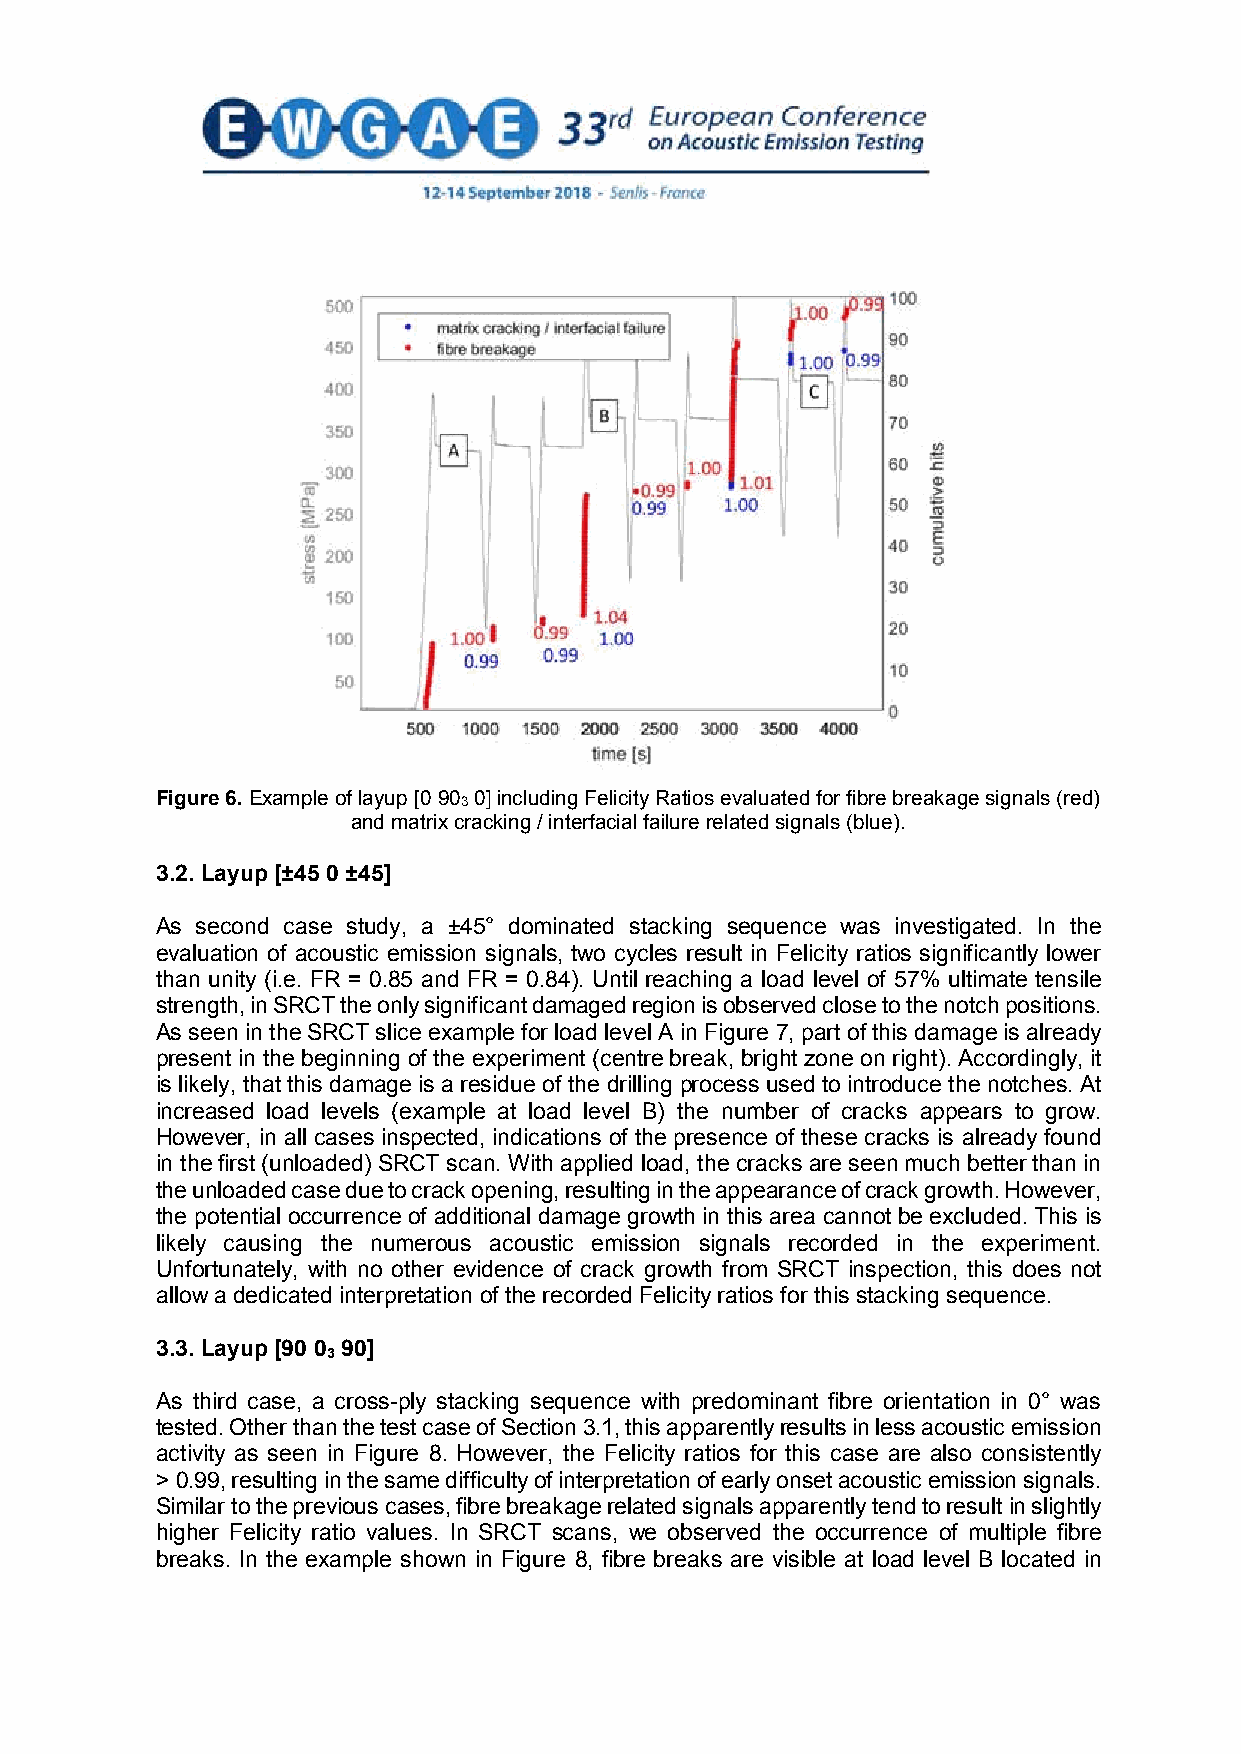
Figure 6. Example of layup [0 903 0] including Felicity Ratios evaluated for fibre breakage signals (red)
 and matrix cracking / interfacial failure related signals (blue).
 3.2. Layup [±45 0 ±45]
 As second case study, a ±45° dominated stacking sequence was investigated. In the
 evaluation of acoustic emission signals, two cycles result in Felicity ratios significantly lower
 than unity (i.e. FR = 0.85 and FR = 0.84). Until reaching a load level of 57% ultimate tensile
 strength, in SRCT the only significant damaged region is observed close to the notch positions.
 As seen in the SRCT slice example for load level A in Figure 7, part of this damage is already
 present in the beginning of the experiment (centre break, bright zone on right). Accordingly, it
 is likely, that this damage is a residue of the drilling process used to introduce the notches. At
 increased load levels (example at load level B) the number of cracks appears to grow.
 However, in all cases inspected, indications of the presence of these cracks is already found
 in the first (unloaded) SRCT scan. With applied load, the cracks are seen much better than in
 the unloaded case due to crack opening, resulting in the appearance of crack growth. However,
 the potential occurrence of additional damage growth in this area cannot be excluded. This is
 likely causing the numerous acoustic emission signals recorded in the experiment.
 Unfortunately, with no other evidence of crack growth from SRCT inspection, this does not
 allow a dedicated interpretation of the recorded Felicity ratios for this stacking sequence.
 3.3. Layup [90 0 90]
 3
 As third case, a cross-ply stacking sequence with predominant fibre orientation in 0° was
 tested. Other than the test case of Section 3.1, this apparently results in less acoustic emission
 activity as seen in Figure 8. However, the Felicity ratios for this case are also consistently
 > 0.99, resulting in the same difficulty of interpretation of early onset acoustic emission signals.
 Similar to the previous cases, fibre breakage related signals apparently tend to result in slightly
 higher Felicity ratio values. In SRCT scans, we observed the occurrence of multiple fibre
 breaks. In the example shown in Figure 8, fibre breaks are visible at load level B located in
 8